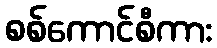
စစ်ကောင်စီကား